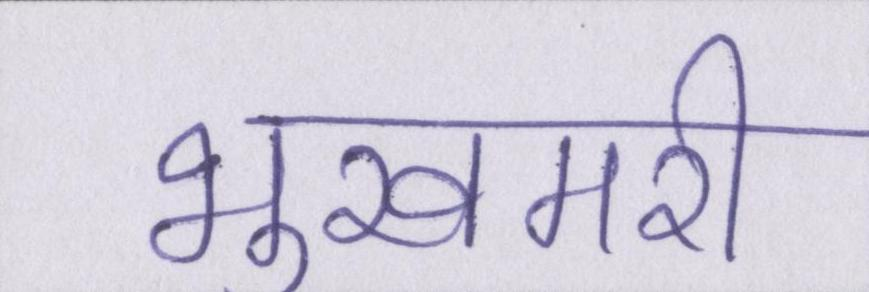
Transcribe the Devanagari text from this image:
भुखमरी